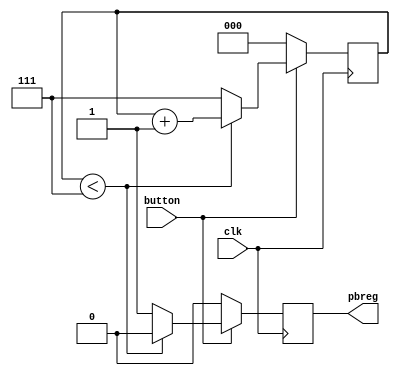
`timescale 1ns / 1ps
module debounce(
		input wire clk,
		input wire button,
		output reg pbreg
	);

	reg [2:0] count;

	always @(posedge clk)
	begin
		if(button == 0)
		begin
			pbreg = 0;
			count = 0;
		end
		else
		begin
			if(count < 7)
			begin
				count = count + 1;
				pbreg = 0;
			end
			else
			begin
				count = 7;
				pbreg = 1;
			end
		end
	end

endmodule